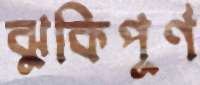
ঝুকিপূর্ণ